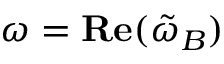
\omega = \mathbf { R e } ( \tilde { \omega } _ { B } )